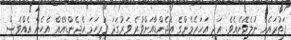
ފަތުރައެއް ނުލެވޭނެއެވެ. އަދި އަހަރެމެންގެ އެޖެންޑާއަށްވުރެ ވަރުގަދަ ފުރިހަމަ އެޖެންޑާއެއް އެހެން އެއްވެސް